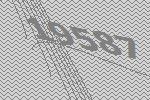
19587